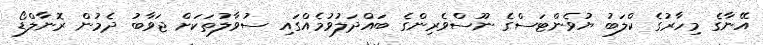
އޭނާގެ މިހާރުގެ ކްލަބު ޔުވެންޓަސްގެ ނޫސްވެރިންގެ ބައްދަލުވުމެއްގައި ސުވާލުތަކަށް ޖަވާބު ދެމުން ރޮނާލްޑޯ